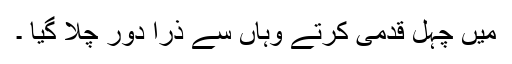
میں چہل قدمی کرتے وہاں سے ذرا دور چلا گیا ۔